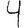
Digit: 4